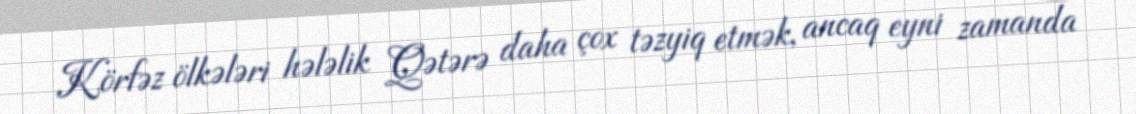
Körfəz ölkələri hələlik Qətərə daha çox təzyiq etmək, ancaq eyni zamanda